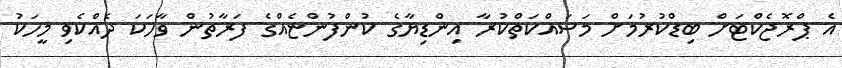
އެ ޕްރޮޖެކްޓަށް ބިޑްކުރުމަށް މަސައްކަތްކުރާ އިންޑިޔާގެ ކުންފުންޏެއްގެ ފަރާތުން ވާހަކަ ދެއްކެވި މީހަކު